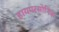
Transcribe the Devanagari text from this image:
हायपरसोनिक